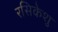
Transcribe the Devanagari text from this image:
रसिकेशु